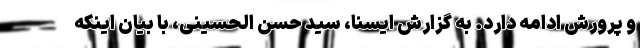
و پرورش ادامه دارد. به گزارش ایسنا، سید حسن الحسینی، با بیان اینکه